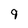
Character: 9